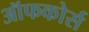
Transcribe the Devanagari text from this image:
ऑफकोर्स